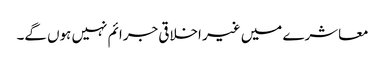
معاشرے میں غیر اخلاقی جرائم نہیں ہوں گے۔